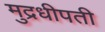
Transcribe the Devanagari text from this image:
मुद्रधीपती